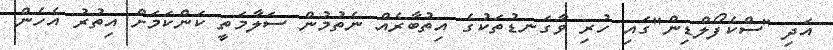
އަދި "ސްކެފޯލްޑިން"ގައި ހުރި ވާގަނޑުތަކުގެ އިތުބާރެއް ނެތުމުން ސަލާމަތީ ކަންކަމަށް އިތުރު އެހެން